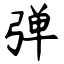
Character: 弹